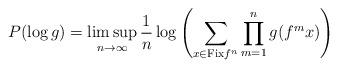
LaTeX: \begin{align*}P(\log g)=\limsup_{n\to\infty}\frac{1}{n}\log\left(\sum_{x\in\mathrm{Fix} f^n}\prod_{m=1}^{n}g(f^mx)\right)\end{align*}